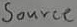
Text: Source